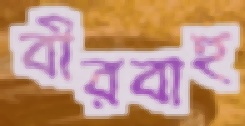
বীরবাহু